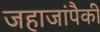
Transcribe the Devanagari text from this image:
जहाजांपैकी